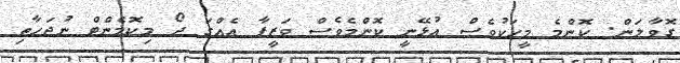
ގޮވާލަން. ކޮންމެ މީހަކުވެސް އުޅޭނީ ކޮންމެވެސް ވަޒީފާ އެއްގަ ދޯ މިކޮމެންޓް ނުޖަހާތި